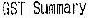
GST SUMMARY